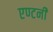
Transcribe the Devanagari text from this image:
एण्टनी